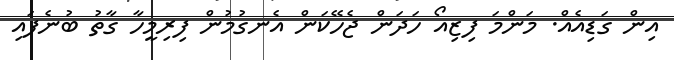
އިން ގަޑިއެއް. މަންމަ ފިޒިއޯ ހަދަން ޖެހޭކަން އެނގުމުން ފިރިމީހާ ގާތު ބުނެފައި